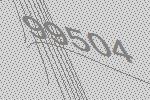
99504